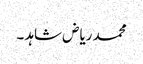
محمد ریاض شاہد ۔